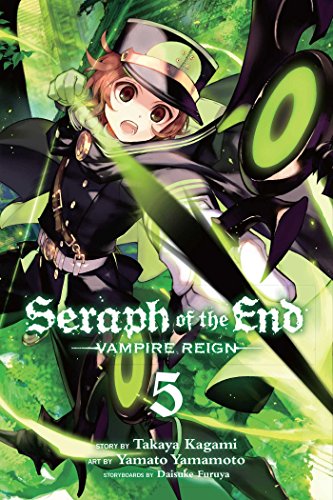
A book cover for Seraph of the End, Vol. 5; Takaya Kagami; Comics & Graphic Novels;